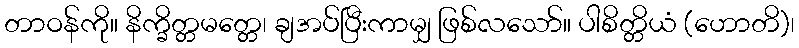
တာဝန်ကို။ နိက္ခိတ္တမတ္တေ၊ ချအပ်ပြီးကာမျှ ဖြစ်လသော်။ ပါစိတ္တိယံ (ဟောတိ)၊